65_HS1-834228961_62-HQ-83894_Section_7
Agency: FBI
Page 70
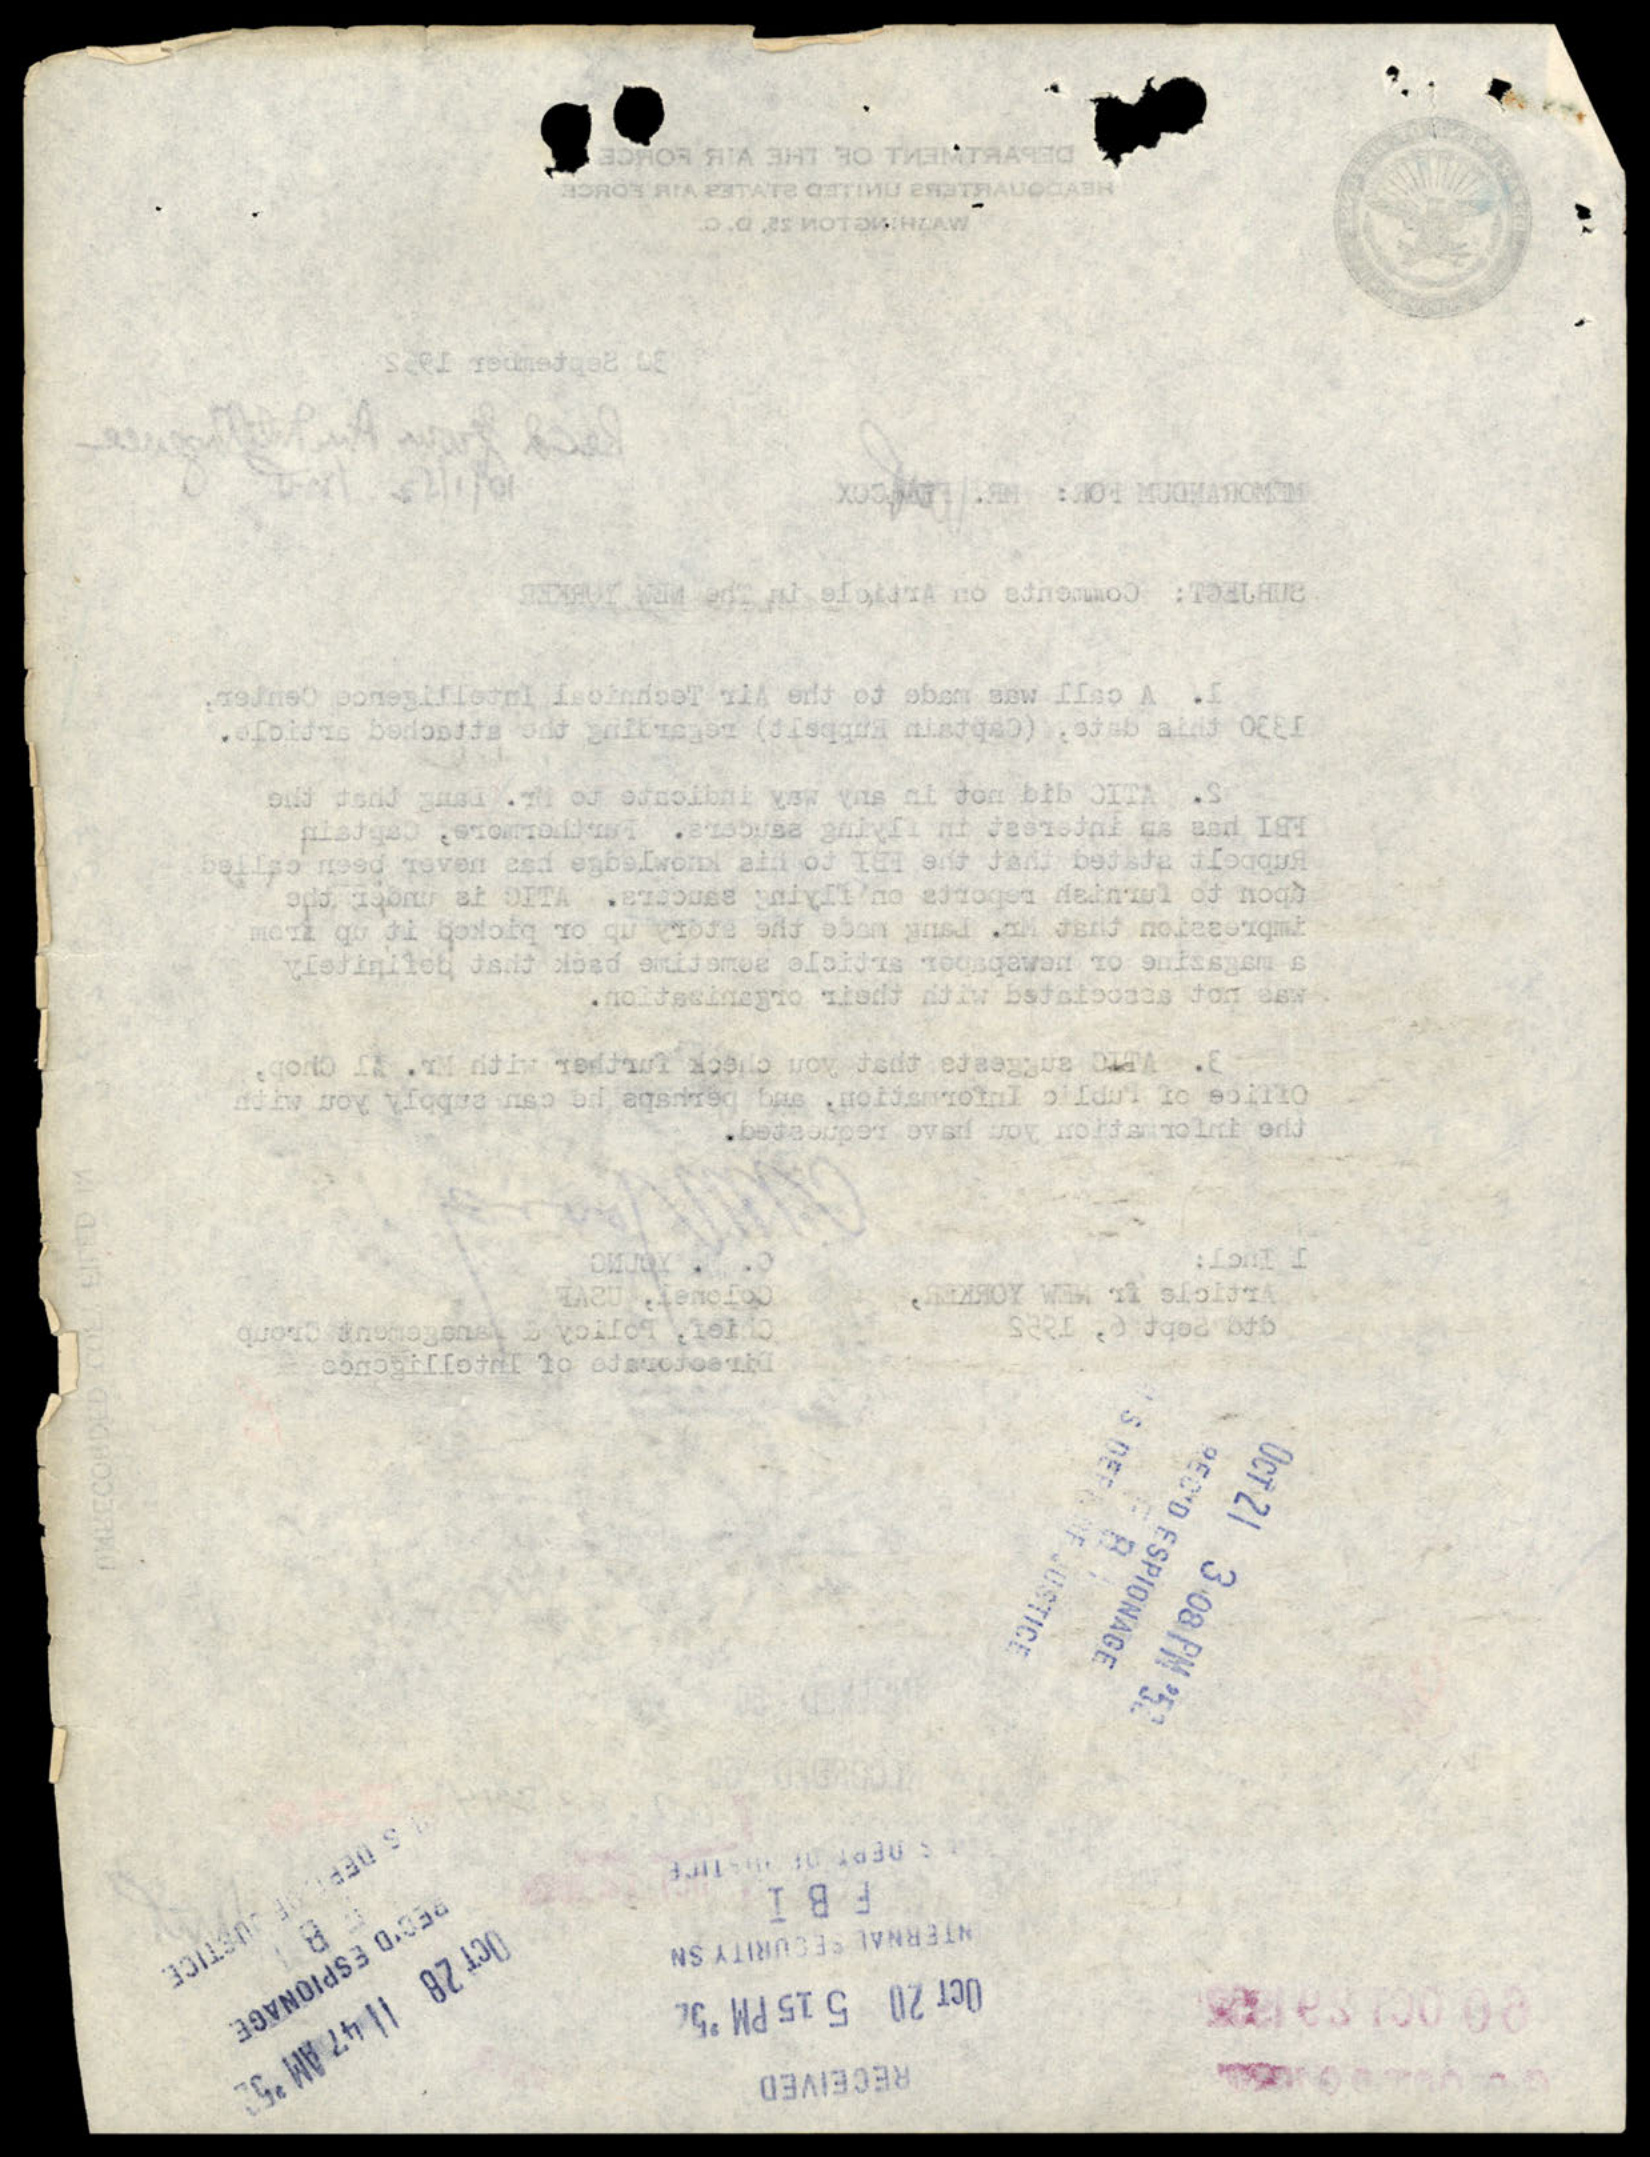